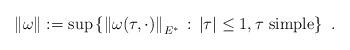
LaTeX: \begin{align*}\|\omega\|:=\sup\left\{\left\|\omega(\tau,\cdot)\right\|_{E^*}\,:\,|\tau|\leq 1,\tau\ {\rm simple}\right\}\ .\end{align*}